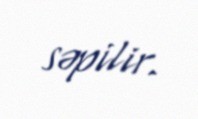
səpilir.